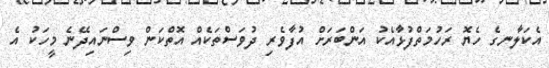
އެކަލާނގެ ހެޔޮ ރަހުމަތްފުޅާއެކު އަންބަރަށް އުފާވެރި ދުވަސްތަކެއް އޮތްކަން ވިސްނައިދޭނެ މީހަކު އެ